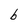
Character: b